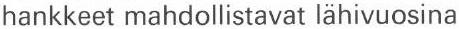
hankkeet mahdollistavat lähivuosina